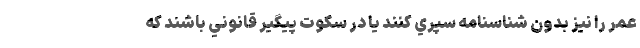
عمر را نيز بدون شناسنامه سپري كنند يا در سكوت پيگير قانوني باشند كه